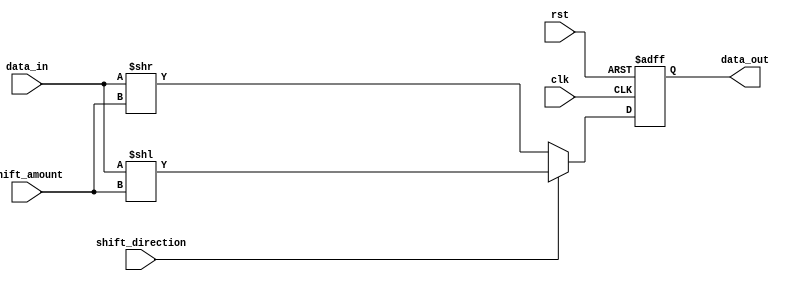
module Barrel_Shifter (
    input wire clk,
    input wire rst,
    input wire [7:0] data_in,
    input wire [1:0] shift_amount,
    input wire shift_direction, // 0 for right shift, 1 for left shift
    output reg [7:0] data_out
);

reg [7:0] shift_data;

always @ (posedge clk or posedge rst) begin
    if (rst) begin
        shift_data <= 8'b0;
    end else begin
        if (shift_direction == 1) begin // Left shift
            shift_data <= data_in << shift_amount;
        end else begin // Right shift
            shift_data <= data_in >> shift_amount;
        end
    end
end

assign data_out = shift_data;

endmodule